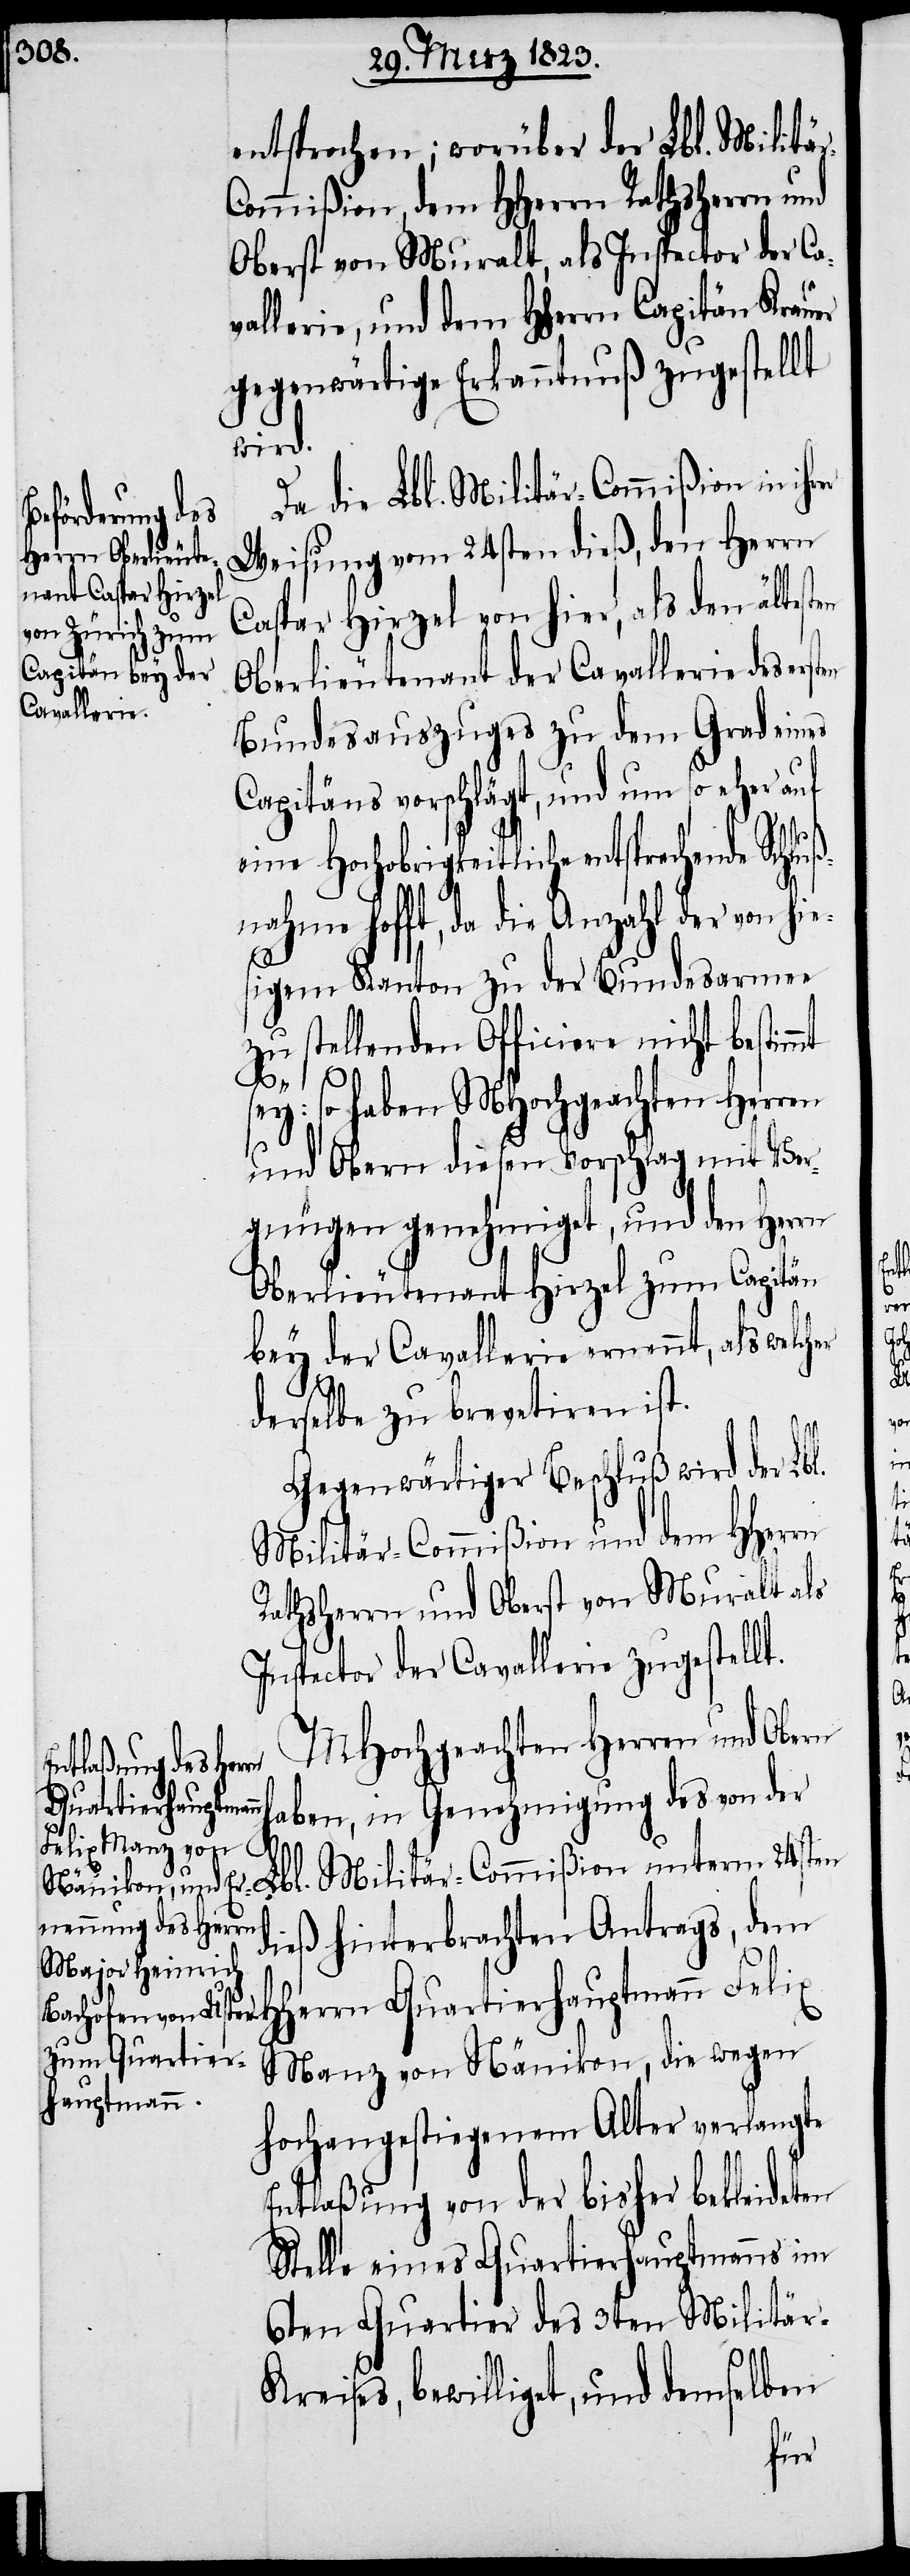
entsprochen; worüber der Lbl. Militä¬
ommißion, dem HHerrn Rathsherrn und
Oberst von Muralt, als Inspector der Ca¬
vallerie, und dem Hherrn Capitän Krauer
gegenwärtige Erkanntnuß zugestellt
luß¬
r Lbl. Militär-Commißion unterm
Weisung vom 24sten dieß, den Herrn
Caspar Hirzel von hier, als den ältesten
Oberlieutenant der Cavallerie des ers¬
Bundesauszuges zu dem Grad eines
Capitäns vorschlägt, und um so eher auf
eine Hochobrigkeitliche entsprechende
nahme hofft, da die Anzahl der von hi¬
esigem Kanton zu der Bundesarmee
zu stellenden Officiere nicht bestimmt
sey: so haben MHochgeachten Herren
und Obern diesen Vorschlag mit Ver¬
gnügen genehmiget, und den Herrn
Oberlieutenant Hirzel zum Capitän
bey der Cavallerie ernennt, als welch¬
l.
derselbe zu brevetiren ist.
Gegenwärtiger Beschluß wird der Lb¬
Militär-Commißion und dem HHerrn
Rathsherrn und Oberst von Muralt als
Inspector der Cavallerie zugestellt.
MHochgeachten Herren und Obern
Quartierhauptmann
haben, in Genehmigung des von de¬
dieß hinterbrachten Antrags, dem
Manz von Nänikon, die wegen
hochangestiegenem Alter verlangte
Entlaßung von der bisher bekleideten
Stelle eines Quartierhauptmanns im
6ten Quartier des 3ten Militä¬
Sch¬
r-Kreises, bewilliget, und demselben